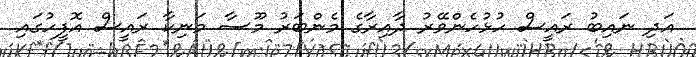
އަދި ނައިބު ރައީސް ހުޅުހެންވޭރު ދާއިރާގެ މެންބަރު މޫސާ މަނިކާ ރައީސް އޮފީހުގައި